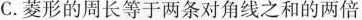
C.菱形的周长等于两条对角线之和的两倍